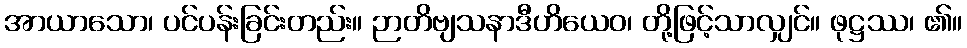
အာယာသော၊ ပင်ပန်းခြင်းတည်း။ ဉာတိဗျသနာဒီဟိယေဝ၊ တို့ဖြင့်သာလျှင်။ ဖုဋ္ဌဿ၊ ၏။